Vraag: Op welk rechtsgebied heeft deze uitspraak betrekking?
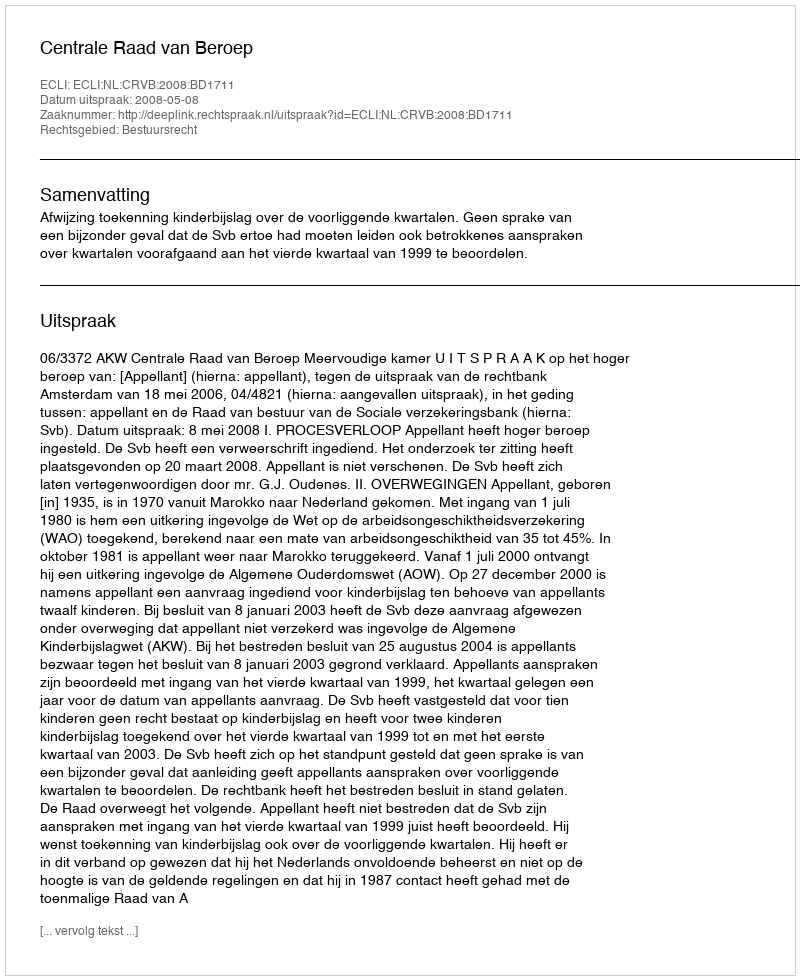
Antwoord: Bestuursrecht